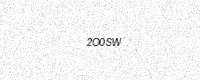
Text: 2O0SW